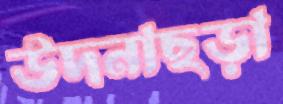
উদনাছড়া